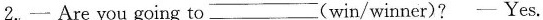
2.一 Are you going to _(win/winner)?- Yes.